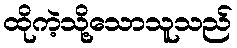
ထိုကဲ့သို့သောသူသည်